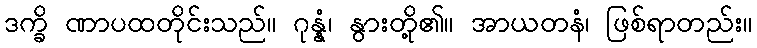
ဒက္ခိ ဏာပထတိုင်းသည်။ ဂုန္နံ၊ နွားတို့၏။ အာယတနံ၊ ဖြစ်ရာတည်း။